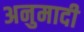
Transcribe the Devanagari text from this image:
अनुमादी